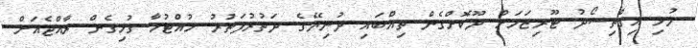
މުޅި އިގްތިސޯދު ޓޫރިޒަމަށް ދޫކޮށްގެން ތިއްބައި ދުނިޔޭގެ ދަތުރުފަތުރު ހުއްޓުމާ ގުޅިގެން ރާއްޖެއަށް